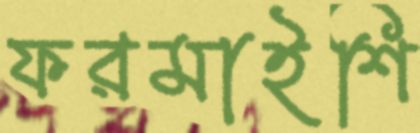
ফরমাইশি